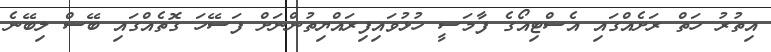
އިތުރު ހަތް ރަށެއްގައި އެސްޓިއޯގެ ފާމަސީ ހުޅުވައިފިރައްޔިތުންނަށް ފަސޭހަ ގޮތެއްގައި ބޭސް ލިބޭނެ